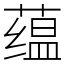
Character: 蕴